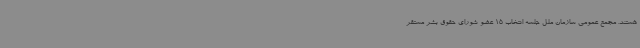
هستند. مجمع عمومی سازمان ملل جلسه انتخاب 15 عضو شورای حقوق بشر مستقر